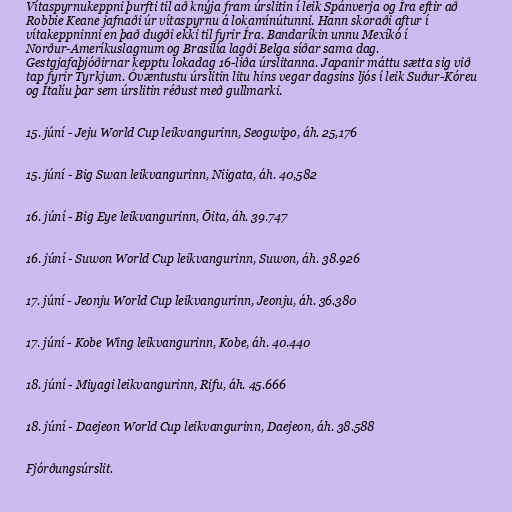
Vítaspyrnukeppni þurfti til að knýja fram úrslitin í leik Spánverja og Íra eftir að
Robbie Keane jafnaði úr vítaspyrnu á lokamínútunni. Hann skoraði aftur í
vítakeppninni en það dugði ekki til fyrir Íra. Bandaríkin unnu Mexíkó í
Norður-Ameríkuslagnum og Brasilía lagði Belga síðar sama dag.
Gestgjafaþjóðirnar kepptu lokadag 16-liða úrslitanna. Japanir máttu sætta sig við
tap fyrir Tyrkjum. Óvæntustu úrslitin litu hins vegar dagsins ljós í leik Suður-Kóreu
og Ítalíu þar sem úrslitin réðust með gullmarki.

15. júní - Jeju World Cup leikvangurinn, Seogwipo, áh. 25,176

15. júní - Big Swan leikvangurinn, Niigata, áh. 40,582

16. júní - Big Eye leikvangurinn, Ōita, áh. 39.747

16. júní - Suwon World Cup leikvangurinn, Suwon, áh. 38.926

17. júní - Jeonju World Cup leikvangurinn, Jeonju, áh. 36.380

17. júní - Kobe Wing leikvangurinn, Kobe, áh. 40.440

18. júní - Miyagi leikvangurinn, Rifu, áh. 45.666

18. júní - Daejeon World Cup leikvangurinn, Daejeon, áh. 38.588

Fjórðungsúrslit.